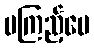
မကြည့်ပေ